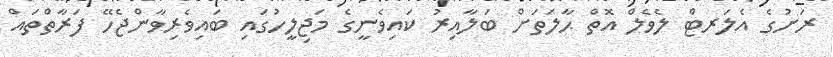
ރަށުގެ އެލަރޓް ލެވެލް އޮތް ޙާލަތަށް ބަލާއިރު ކައިވެނީގެ މަޖިލީހުގައި ބައިވެރިވާންޖެހޭ ފަރާތްތައް